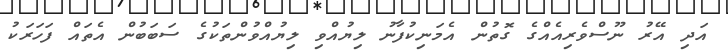
އަދި އޭރު ނޫސްވެރިއެއްގެ ގޮތުން އެމަނިކުފާނު ލިޔުއްވި ލިޔުއްވުންތަކުގެ ސަބަބުން އެތައް ފަހަރަކު